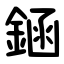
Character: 䤴